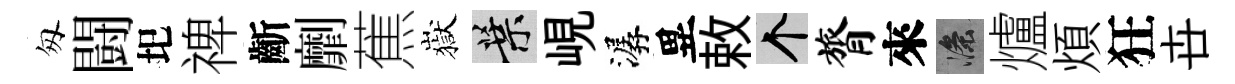
匆闘圯禆齗劘蕉嶽葉峴潺異敕个膂來滌爐煩狂卋